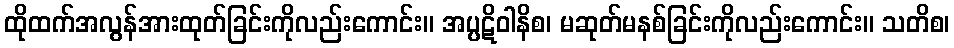
ထိုထက်အလွန်အားထုတ်ခြင်းကိုလည်းကောင်း။ အပ္ပဋိဝါနိစ၊ မဆုတ်မနစ်ခြင်းကိုလည်းကောင်း။ သတိစ၊